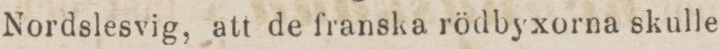
Nordslesvig, att de franska rödbyxorna skulle